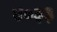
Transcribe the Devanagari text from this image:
४०३३